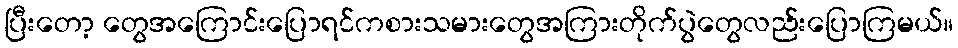
ပြီးတော့ တွေအကြောင်းပြောရင်ကစားသမားတွေအကြားတိုက်ပွဲတွေလည်းပြောကြမယ်။